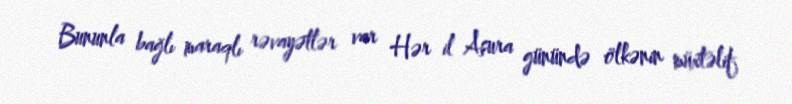
Bununla bağlı maraqlı rəvayətlər var Hər il Aşura günündə ölkənin müxtəlif